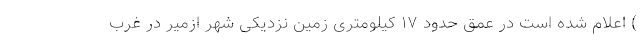
) اعلام شده است در عمق حدود ۱۷ کیلومتری زمین نزدیکی شهر ازمیر در غرب